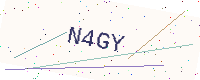
Text: N4GY